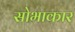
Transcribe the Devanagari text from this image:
सोभाकार